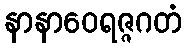
နာနာဝေရဇ္ဇဂတံ